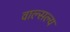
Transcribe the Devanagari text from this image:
वाल्सल्य